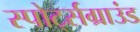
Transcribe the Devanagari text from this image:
स्पोर्ट्सग्राउंड